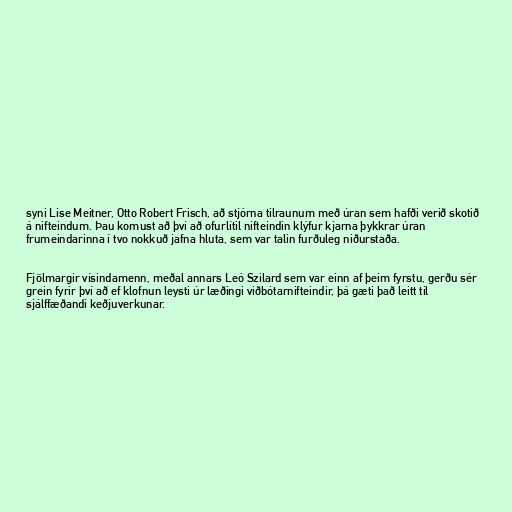
syni Lise Meitner, Otto Robert Frisch, að stjórna tilraunum með úran sem hafði verið skotið
á nifteindum. Þau komust að því að ofurlítil nifteindin klýfur kjarna þykkrar úran
frumeindarinna í tvo nokkuð jafna hluta, sem var talin furðuleg niðurstaða.

Fjölmargir vísindamenn, meðal annars Leó Szilard sem var einn af þeim fyrstu, gerðu sér
grein fyrir því að ef klofnun leysti úr læðingi viðbótarnifteindir, þá gæti það leitt til
sjálffæðandi keðjuverkunar.